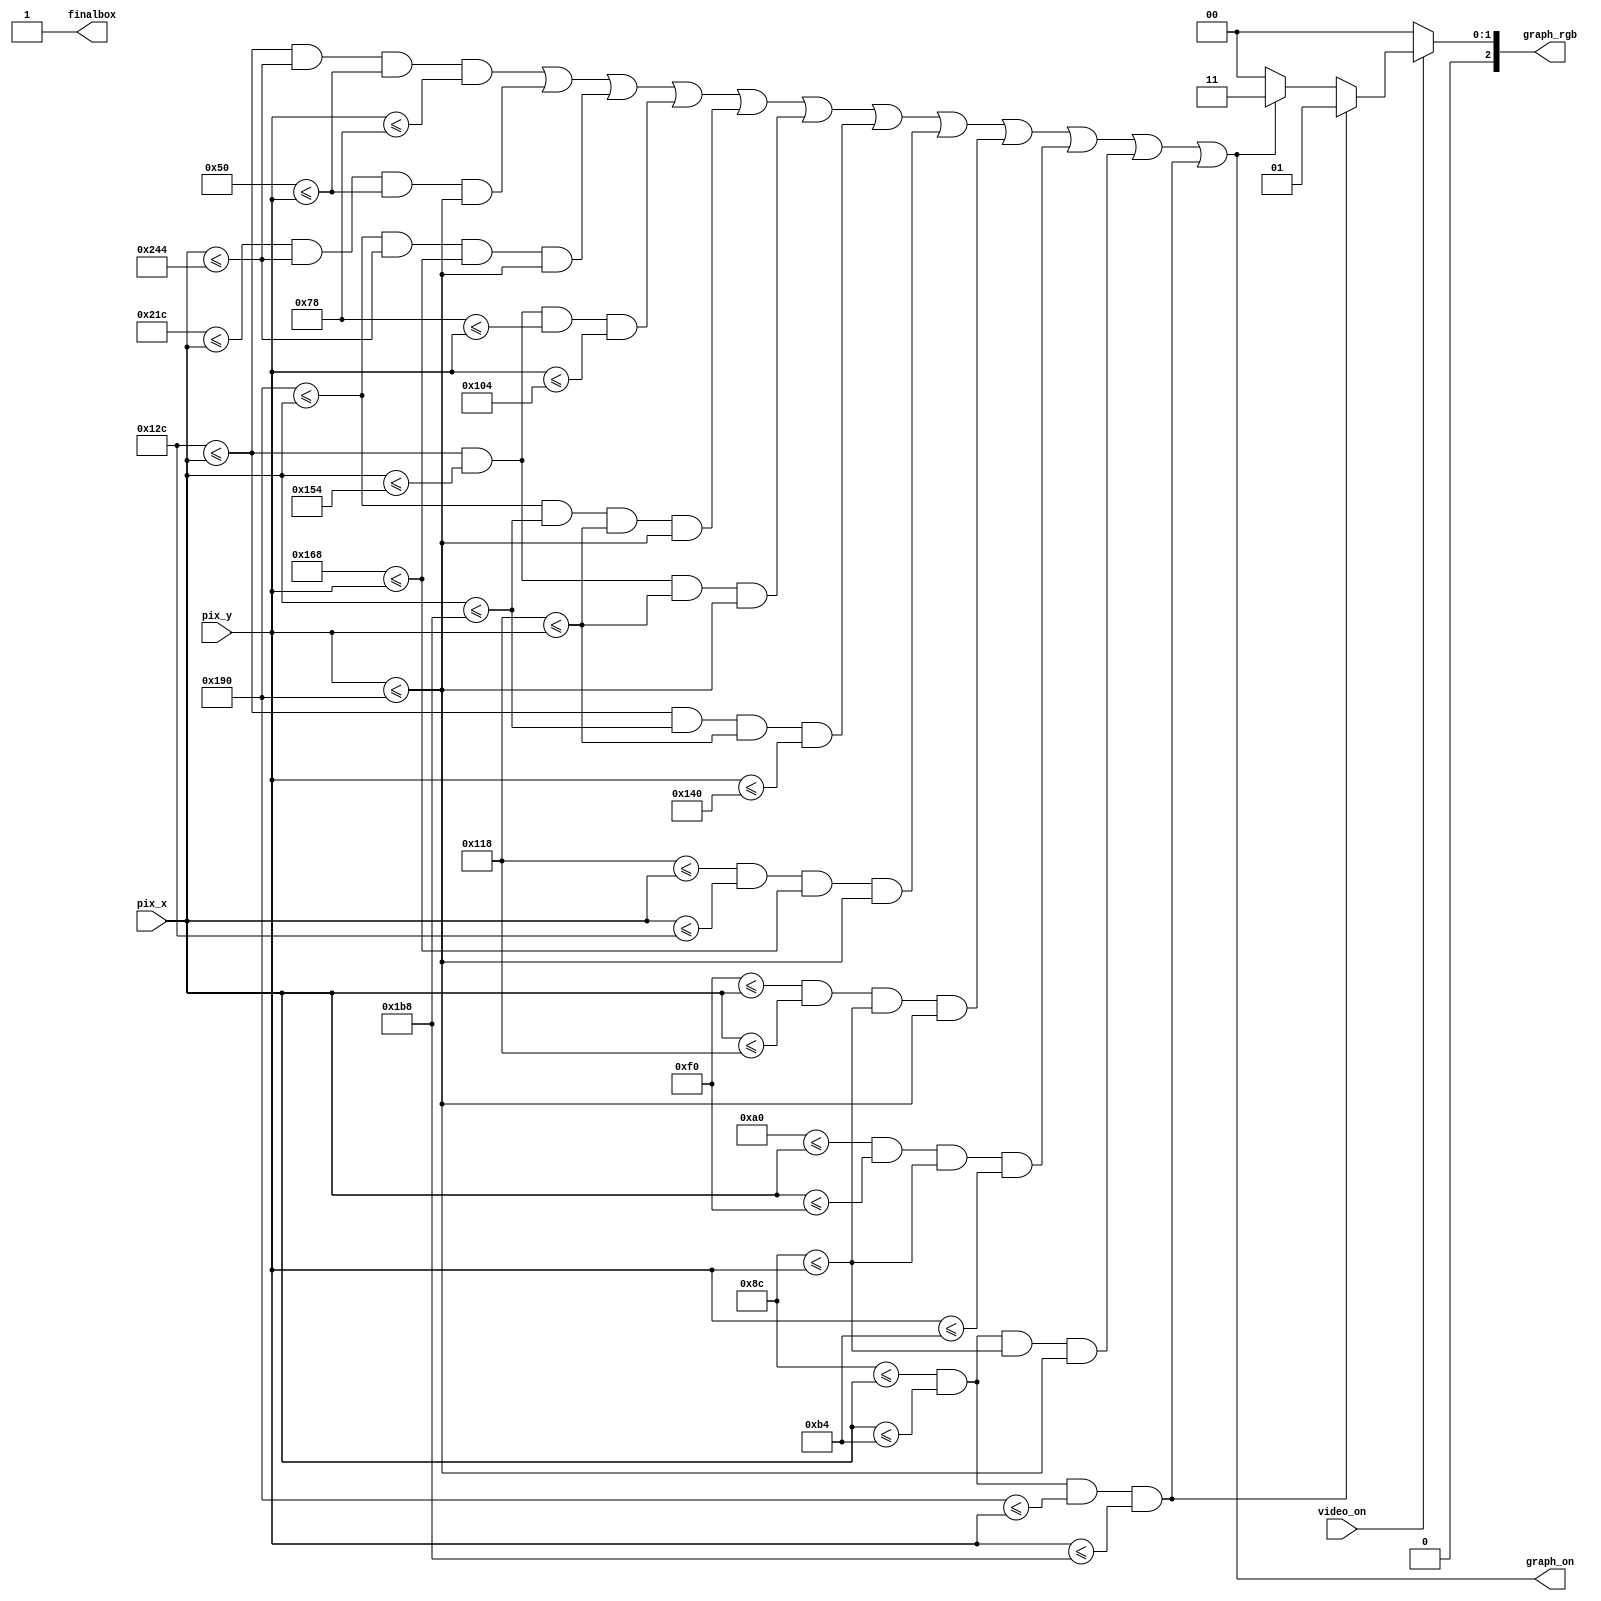
`timescale 1ns / 1ps
//////////////////////////////////////////////////////////////////////////////////
// Company: 
// 
// Design Name: 
// Module Name: Grafico_nivel_3
// Project Name: 
// Target Devices: 
// Tool Versions: 
// Description: 
// 
// Dependencies: 
// 
// Revision:
// Revision 0.01 - File Created
// Additional Comments:
// 
//////////////////////////////////////////////////////////////////////////////////

module Grafico_nivel_3(
    input wire video_on,
    input wire [9:0] pix_x, pix_y,
    output reg [2:0] graph_rgb,
    output wire graph_on,
    output wire finalbox
    );
   //--------------------------------------------
   //           BARRA 1 horizontal superior
   //--------------------------------------------
   // bar left, right boundary
   localparam ONE_BAR_X_L = 300;//
   localparam ONE_BAR_X_R = 580;//
   // bar top, bottom boundary
   localparam ONE_BAR_Y_T = 80; //204
   localparam ONE_BAR_Y_B = 120;
   //--------------------------------------------
   // 		BARRA 2 vertical derecha
   //--------------------------------------------
   // bar left, right boundary
   localparam TWO_BAR_X_L = 540;
   localparam TWO_BAR_X_R = 580;
   // bar top, bottom boundary
   localparam TWO_BAR_Y_T = 80; //204
   localparam TWO_BAR_Y_B = 400;
   //--------------------------------------------
   //            BARRA 3 horizontal inferior1
   //--------------------------------------------
   // bar left, right boundary
   localparam THREE_BAR_X_L = 400;
   localparam THREE_BAR_X_R = 580;
   // bar top, bottom boundary
   localparam THREE_BAR_Y_T = 360; //204
   localparam THREE_BAR_Y_B = 400;
   //--------------------------------------------
   //	 	BARRA 4 vertical central
   //--------------------------------------------
   // bar left, right boundary
   localparam FOUR_BAR_X_L = 300;
   localparam FOUR_BAR_X_R = 340;
   // bar top, bottom boundary8
   localparam FOUR_BAR_Y_T = 120; //204
   localparam FOUR_BAR_Y_B = 260;
   // object output signals
   //--------------------------------------------
   //	       BARRA 5 vertical central 2
   //--------------------------------------------
   // bar left, right boundary
   localparam FIVE_BAR_X_L = 400;
   localparam FIVE_BAR_X_R = 440;
   // bar top, bottom boundary
   localparam FIVE_BAR_Y_T = 280; //204
   localparam FIVE_BAR_Y_B = 400;
   // object output signals
   //--------------------------------------------
   //	       BARRA 6 vertical central 3
   //--------------------------------------------
   // bar left, right boundary
   localparam SIX_BAR_X_L = 300;
   localparam SIX_BAR_X_R = 340;
   // bar top, bottom boundary
   localparam SIX_BAR_Y_T = 280; //204
   localparam SIX_BAR_Y_B = 400;
   // object output signals
   //--------------------------------------------
   //	       BARRA 7 horizontal central
   //--------------------------------------------
   // bar left, right boundary
   localparam SEVEN_BAR_X_L = 300;
   localparam SEVEN_BAR_X_R = 440;
   // bar top, bottom boundary
   localparam SEVEN_BAR_Y_T = 280; //204
   localparam SEVEN_BAR_Y_B = 320;
   // object output signals
   //--------------------------------------------
   //	       BARRA 8 horizontal inferior 2
   //--------------------------------------------
   // bar left, right boundary
   localparam EIGHT_BAR_X_L = 280;
   localparam EIGHT_BAR_X_R = 300;
   // bar top, bottom boundary
   localparam EIGHT_BAR_Y_T = 360; //204
   localparam EIGHT_BAR_Y_B = 400;
   // object output signals
   //--------------------------------------------
   //	       BARRA 9 vertical final
   //--------------------------------------------
   // bar left, right boundary
   localparam NINE_BAR_X_L = 240;
   localparam NINE_BAR_X_R = 280;
   // bar top, bottom boundary
   localparam NINE_BAR_Y_T = 140; //204
   localparam NINE_BAR_Y_B = 400;
   // object output signals
   //--------------------------------------------
   //           BARRA 10 
   //--------------------------------------------
    
    // bar left, right boundary
    localparam TEN_BAR_X_L = 160;
    localparam TEN_BAR_X_R = 240;
    // bar top, bottom boundary
    localparam TEN_BAR_Y_T = 140; //204
    localparam TEN_BAR_Y_B = 180;
    // object output signals
   //--------------------------------------------
    //           BARRA 11 vertical final
    //--------------------------------------------
     
    // bar left, right boundary
     localparam ELEVEN_BAR_X_L = 140;
     localparam ELEVEN_BAR_X_R = 180;
     // bar top, bottom boundary
     localparam ELEVEN_BAR_Y_T = 140; //204
     localparam ELEVEN_BAR_Y_B = 400;
     // object output signals
     //--------------------------------------------
     //           BARRA 12 vertical final
     //--------------------------------------------
          
     // bar left, right boundary
      localparam TWELVE_BAR_X_L = 140;
      localparam TWELVE_BAR_X_R = 180;
     // bar top, bottom boundary
      localparam TWELVE_BAR_Y_T = 400; //204
      localparam TWELVE_BAR_Y_B = 440;
     // object output signals
          
    wire one_bar_on, two_bar_on, three_bar_on, four_bar_on, five_bar_on, six_bar_on, seven_bar_on, eight_bar_on, nine_bar_on, ten_bar_on, eleven_bar_on, twelve_bar_on;
    wire [2:0] one_bar_rgb, two_bar_rgb, three_bar_rgb, four_bar_rgb, five_bar_rgb, six_bar_rgb, seven_bar_rgb, eight_bar_rgb, nine_bar_rgb ,ten_bar_rgb, eleven_bar_rgb, twelve_bar_rgb ;
    
    // body      
   //--------------------------------------------
   //           BARRA 1 horizontal
   //--------------------------------------------    // pixel within bar
    assign one_bar_on = (ONE_BAR_X_L<=pix_x) && (pix_x<=ONE_BAR_X_R) &&
                   (ONE_BAR_Y_T<=pix_y) && (pix_y<=ONE_BAR_Y_B);
   //--------------------------------------------
   // 		BARRA 2 vertical
   //--------------------------------------------
   // pixel within bar
    assign two_bar_on = (TWO_BAR_X_L<=pix_x) && (pix_x<=TWO_BAR_X_R) &&
                   (TWO_BAR_Y_T<=pix_y) && (pix_y<=TWO_BAR_Y_B);
   //--------------------------------------------
   //            BARRA 3 horizontal 
   //--------------------------------------------
    // pixel within bar
    assign three_bar_on = (THREE_BAR_X_L<=pix_x) && (pix_x<=THREE_BAR_X_R) &&
                   (THREE_BAR_Y_T<=pix_y) && (pix_y<=THREE_BAR_Y_B);
   //--------------------------------------------
   //	 	BARRA 4 vertical
   //--------------------------------------------
    // pixel within bar
    assign four_bar_on = (FOUR_BAR_X_L<=pix_x) && (pix_x<=FOUR_BAR_X_R) &&
                   (FOUR_BAR_Y_T<=pix_y) && (pix_y<=FOUR_BAR_Y_B);
   //--------------------------------------------
   //	       BARRA 5 horizontal
   //--------------------------------------------

   // pixel within bar
    assign five_bar_on = (FIVE_BAR_X_L<=pix_x) && (pix_x<=FIVE_BAR_X_R) &&
                   (FIVE_BAR_Y_T<=pix_y) && (pix_y<=FIVE_BAR_Y_B);
   //--------------------------------------------
   //	       BARRA 6 vertical
   //--------------------------------------------
    // pixel within bar
    assign six_bar_on = (SIX_BAR_X_L<=pix_x) && (pix_x<=SIX_BAR_X_R) &&
                   (SIX_BAR_Y_T<=pix_y) && (pix_y<=SIX_BAR_Y_B);
   //--------------------------------------------
   //	       BARRA 7 horizontal
   //--------------------------------------------
    // pixel within bar
    assign seven_bar_on = (SEVEN_BAR_X_L<=pix_x) && (pix_x<=SEVEN_BAR_X_R) &&
                   (SEVEN_BAR_Y_T<=pix_y) && (pix_y<=SEVEN_BAR_Y_B);
   //--------------------------------------------
   //	       BARRA 8 vertical
   //--------------------------------------------
    // pixel within bar
    assign eight_bar_on = (EIGHT_BAR_X_L<=pix_x) && (pix_x<=EIGHT_BAR_X_R) &&
                   (EIGHT_BAR_Y_T<=pix_y) && (pix_y<=EIGHT_BAR_Y_B);
     //--------------------------------------------
    // right vertical bar
    //--------------------------------------------
   //	       BARRA 9 vertical final
   //--------------------------------------------

    // pixel within bar
    assign nine_bar_on = (NINE_BAR_X_L<=pix_x) && (pix_x<=NINE_BAR_X_R) &&
                   (NINE_BAR_Y_T<=pix_y) && (pix_y<=NINE_BAR_Y_B);
   //--------------------------------------------
   //           BARRA 10 horizontal
   //--------------------------------------------
   // pixel within bar
    assign ten_bar_on = (TEN_BAR_X_L<=pix_x) && (pix_x<=TEN_BAR_X_R) &&
                    (TEN_BAR_Y_T<=pix_y) && (pix_y<=TEN_BAR_Y_B);
    //--------------------------------------------
    //           BARRA 8 vertical
    //--------------------------------------------
     assign eleven_bar_on = (ELEVEN_BAR_X_L<=pix_x) && (pix_x<=ELEVEN_BAR_X_R) &&
                    (ELEVEN_BAR_Y_T<=pix_y) && (pix_y<=ELEVEN_BAR_Y_B);
    //--------------------------------------------
    //           BARRA 9 vertical final
    //--------------------------------------------
    
    // pixel within bar
     assign twelve_bar_on = (TWELVE_BAR_X_L<=pix_x) && (pix_x<=TWELVE_BAR_X_R) &&
                     (TWELVE_BAR_Y_T<=pix_y) && (pix_y<=TWELVE_BAR_Y_B);
    // bar rgb output
     assign twelve_bar_rgb =3'b001; // rojo
    //--------------------------------------------
    // rgb multiplexing circuit
    //--------------------------------------------
    assign graph_on = (one_bar_on)||(two_bar_on)||(three_bar_on)||(four_bar_on)||(five_bar_on)||(six_bar_on)||(seven_bar_on)||(eight_bar_on)||(nine_bar_on)||(ten_bar_on)||(eleven_bar_on)||(twelve_bar_on);
    assign finalbox = twelve_bar_rgb;
     
    always @*
    begin
      if (~video_on)
         graph_rgb = 3'b000; // blank
      else
      begin
        if (twelve_bar_on)
            graph_rgb = twelve_bar_rgb;
        else if (graph_on)
            graph_rgb = 3'b011;
         else
            graph_rgb = 3'b000; 
       end
    end
endmodule